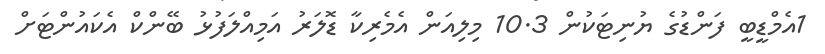
1އެމްޑީބީ ފަންޑުގެ ޔުނިޓަކުން 10.3 މިލިއަން އެމެރިކާ ޑޮލަރު އަމިއްލަފުޅު ބޭންކް އެކައުންޓަށް